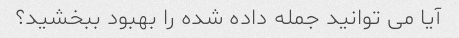
آیا می توانید جمله داده شده را بهبود ببخشید؟